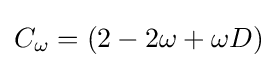
C_{\omega }=(2-2\omega +\omega D)